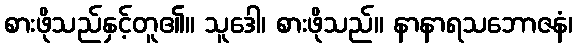
စားဖိုသည်နှင့်တူ၏။ သူဒေါ၊ စားဖိုသည်။ နာနာရသဘောဇနံ၊